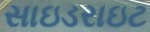
સાઇડરાઇટ